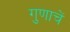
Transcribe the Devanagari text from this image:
गुणाचें